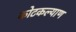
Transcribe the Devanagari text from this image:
कोटकल्याण